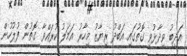
އަދީބު ވިދާޅުވި ގޮތުގައި އަބްދު ރިޔާޒު މިހާރު އަމަލު ކުރައްވާ ގޮތުން ފުލުހުން